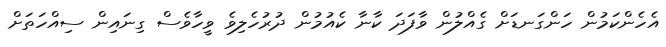
އެހެންކަމުން ހަންގަނޑަށް ގެއްލުން ވާފަދަ ކާނާ ކެއުމުން ދުރުހެލިވެ ވީހާވެސް ގިނައިން ސިއްހަތަށް